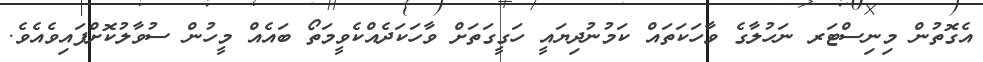
އެގޮތުން މިނިސްޓަރ ނަހުލާގެ ވާހަކަތައް ކަމުނުދިޔައީ ހަގީގަތަށް ވާހަކަދެއްކެވީމަތޯ ބައެއް މީހުން ސުވާލުކޮށްފައިވެއެވެ.